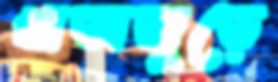
খাতাজুড়ে